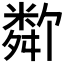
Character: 𬖩